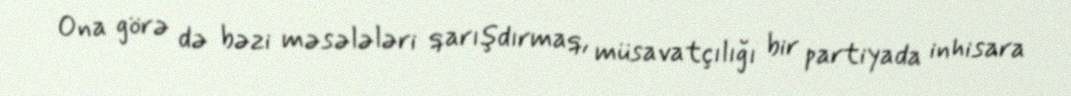
Ona görə də bəzi məsələləri qarışdırmaq, müsavatçılığı bir partiyada inhisara